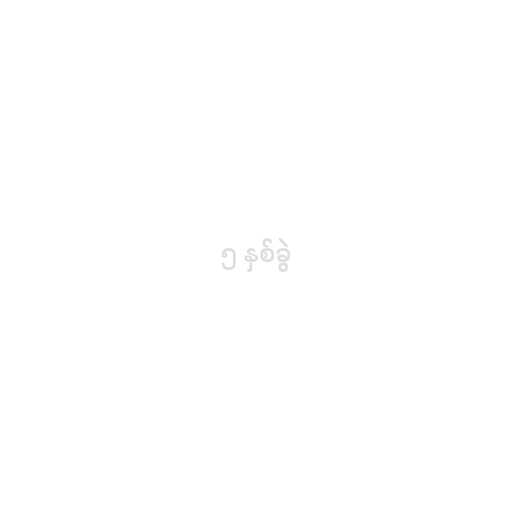
၅ နှစ်ခွဲ